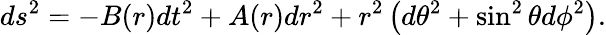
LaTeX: ds^{2}=-B(r)dt^{2}+A(r)dr^{2}+r^{2}\left(d\theta^{2}+\sin^{2}\theta d\phi^{2}\right).